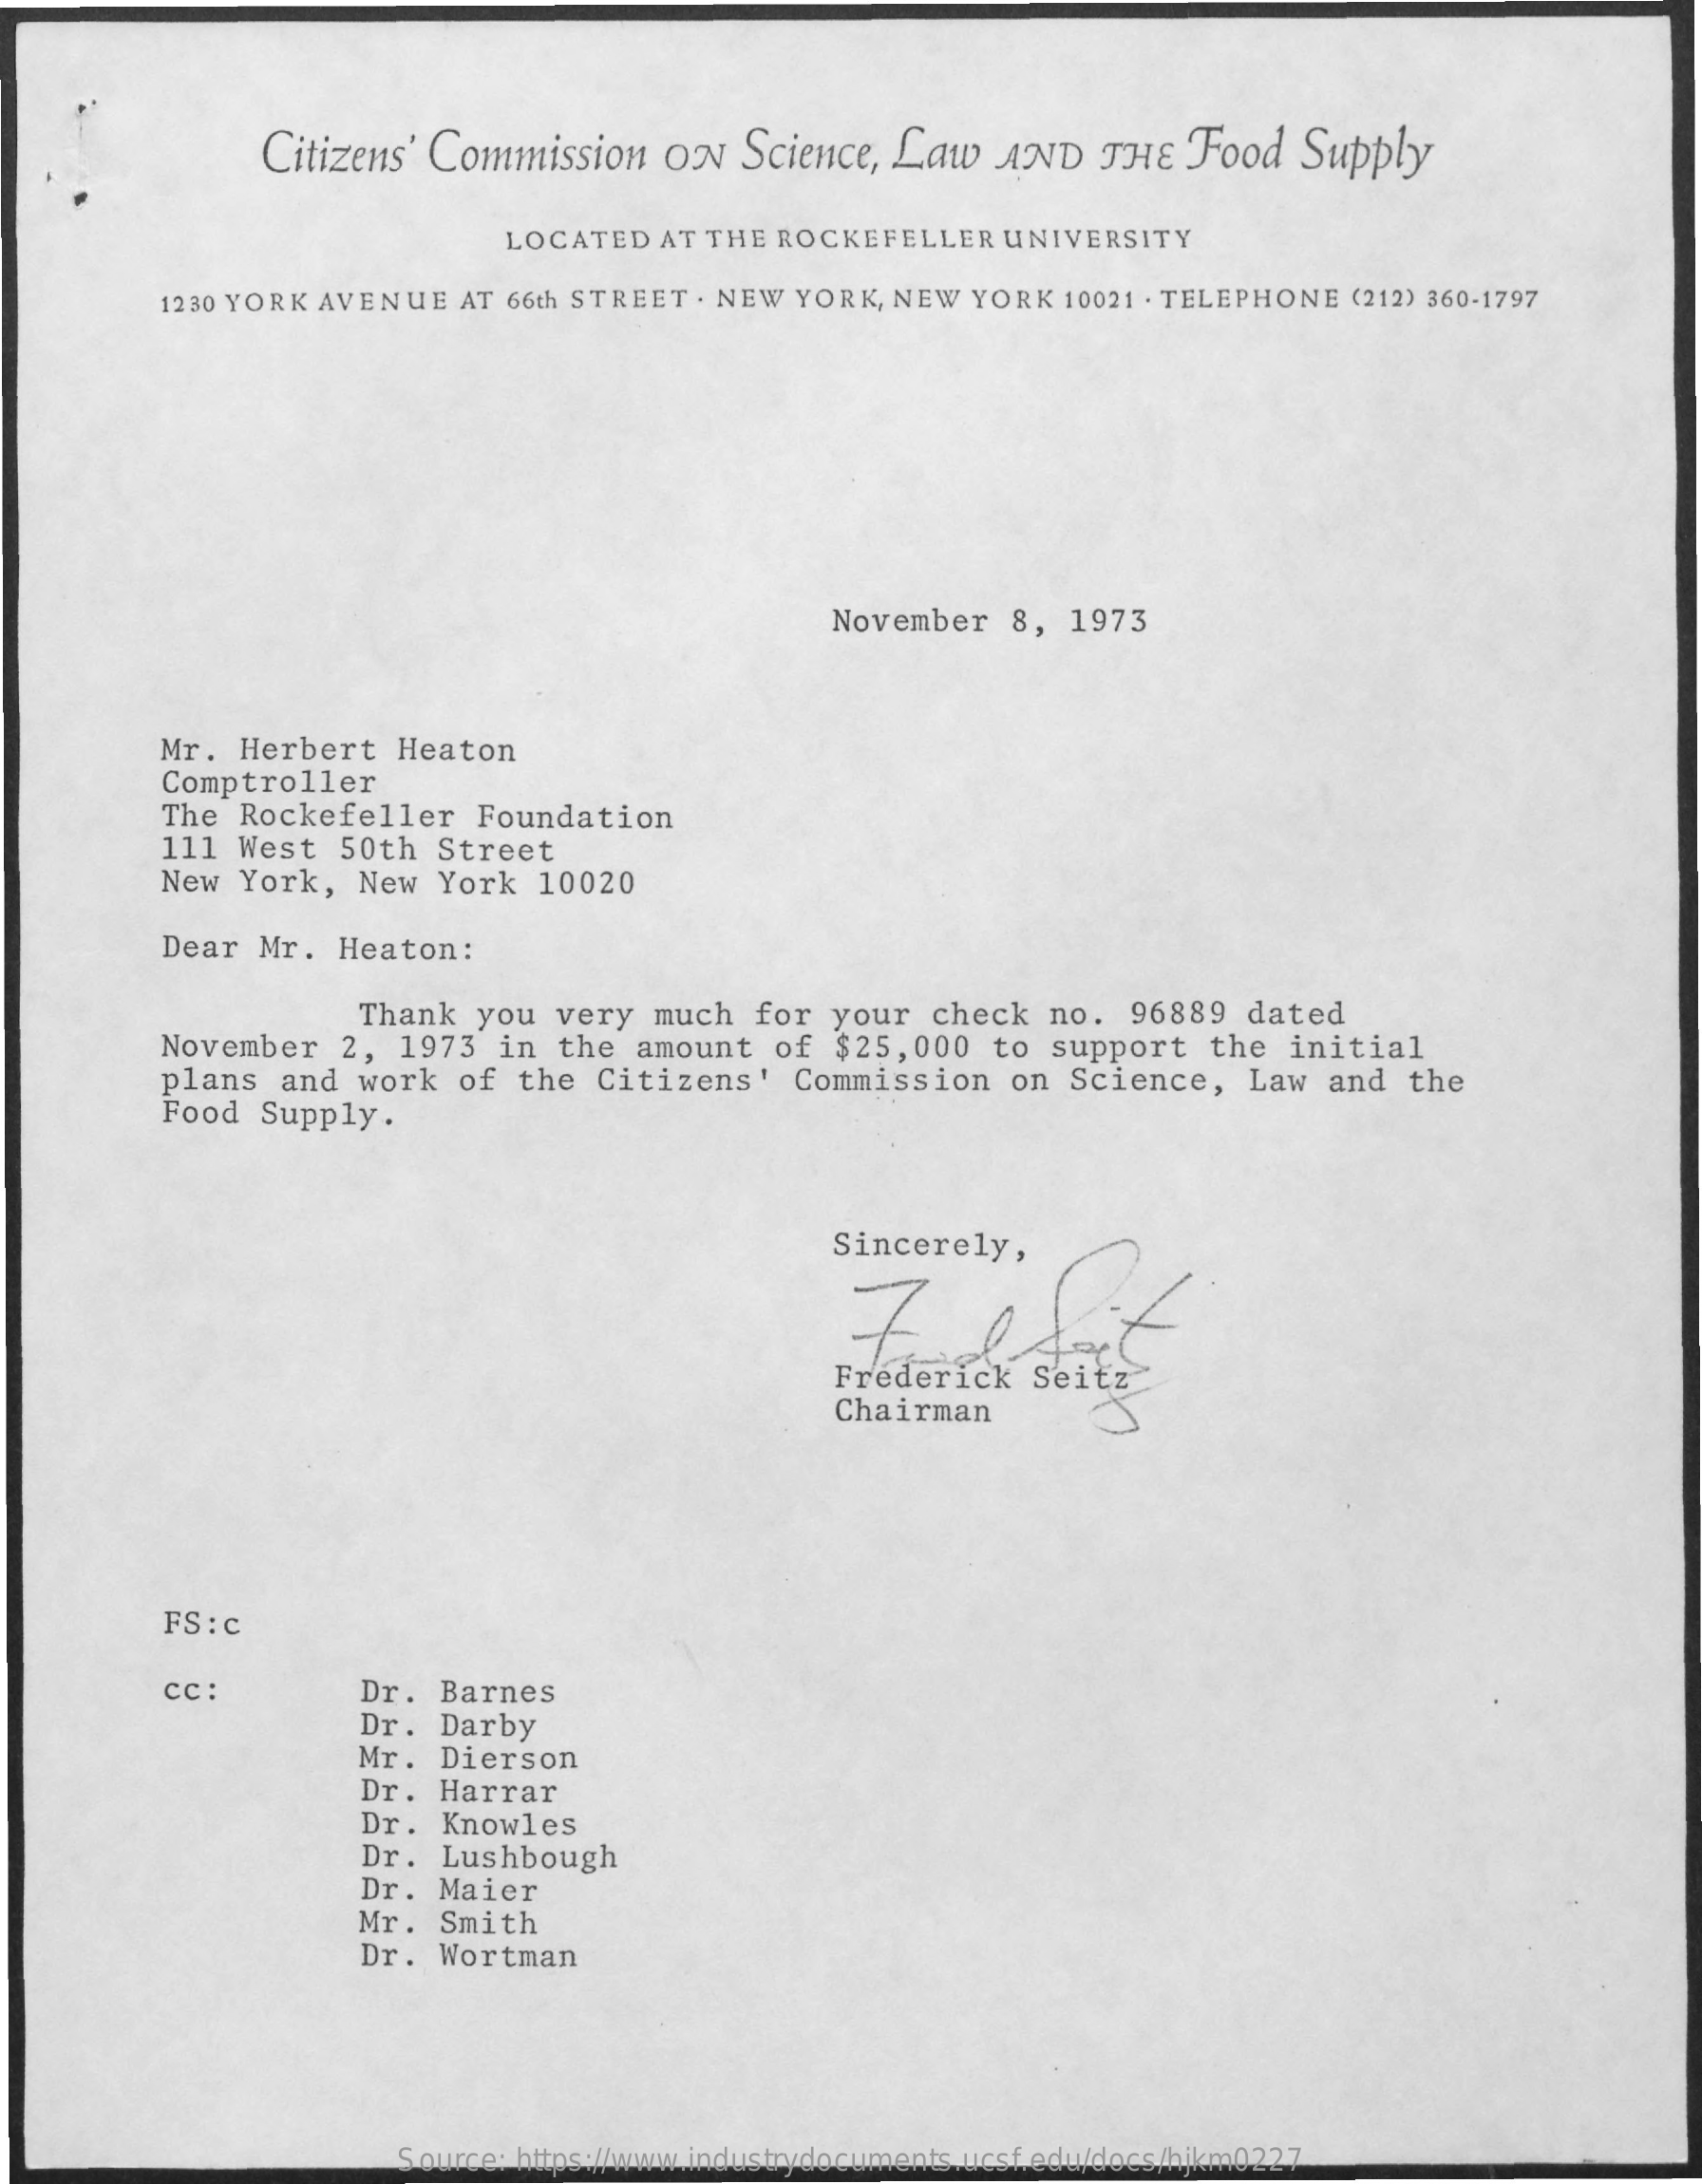
Citizens' Commission ON Science, Law AND  THE Food  Supply
     LOCATED AT THE ROCKEFELLER UNIVERSITY
     1230 YORK AVENUE AT 66th STREET . NEW YORK, NEW YORK 10021 . TELEPHONE (212) 360-1797
     November 8, 1973
     Mr. Herbert Heaton
     Comptroller
     The Rockefeller Foundation
     111 West 50th Street
     New York, New York  10020
     Dear Mr. Heaton:
     Thank you very much for your check no. 96889 dated
     November 2, 1973  in the amount of $25,000 to support the initial
     plans and work  of the Citizens' Commission on Science, Law and the
     Food Supply.
     Sincerely,
     Chairman
     FS : c
     cc :    Dr. Barnes
     Dr. Darby
     Mr. Dierson
     Dr. Harrar
     Dr. Knowles
     Dr. Lushbough
     Dr. Maier
     Mr. Smith
     Dr. Wortman
     Source: https://www.industrydocuments.ucsf.edu/docs/hjkm0227